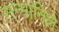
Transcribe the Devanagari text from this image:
सन्मानिले